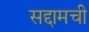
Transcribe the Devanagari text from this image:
सद्दामची